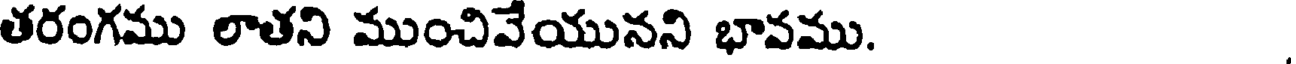
తరంగము లాతని ముంచివేయునని భావము.